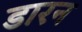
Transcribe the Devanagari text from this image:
डारन